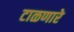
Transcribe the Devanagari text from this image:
टाळणारे